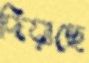
দিয়াছে